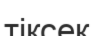
тіксек